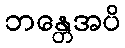
ဘန္တေအပိ